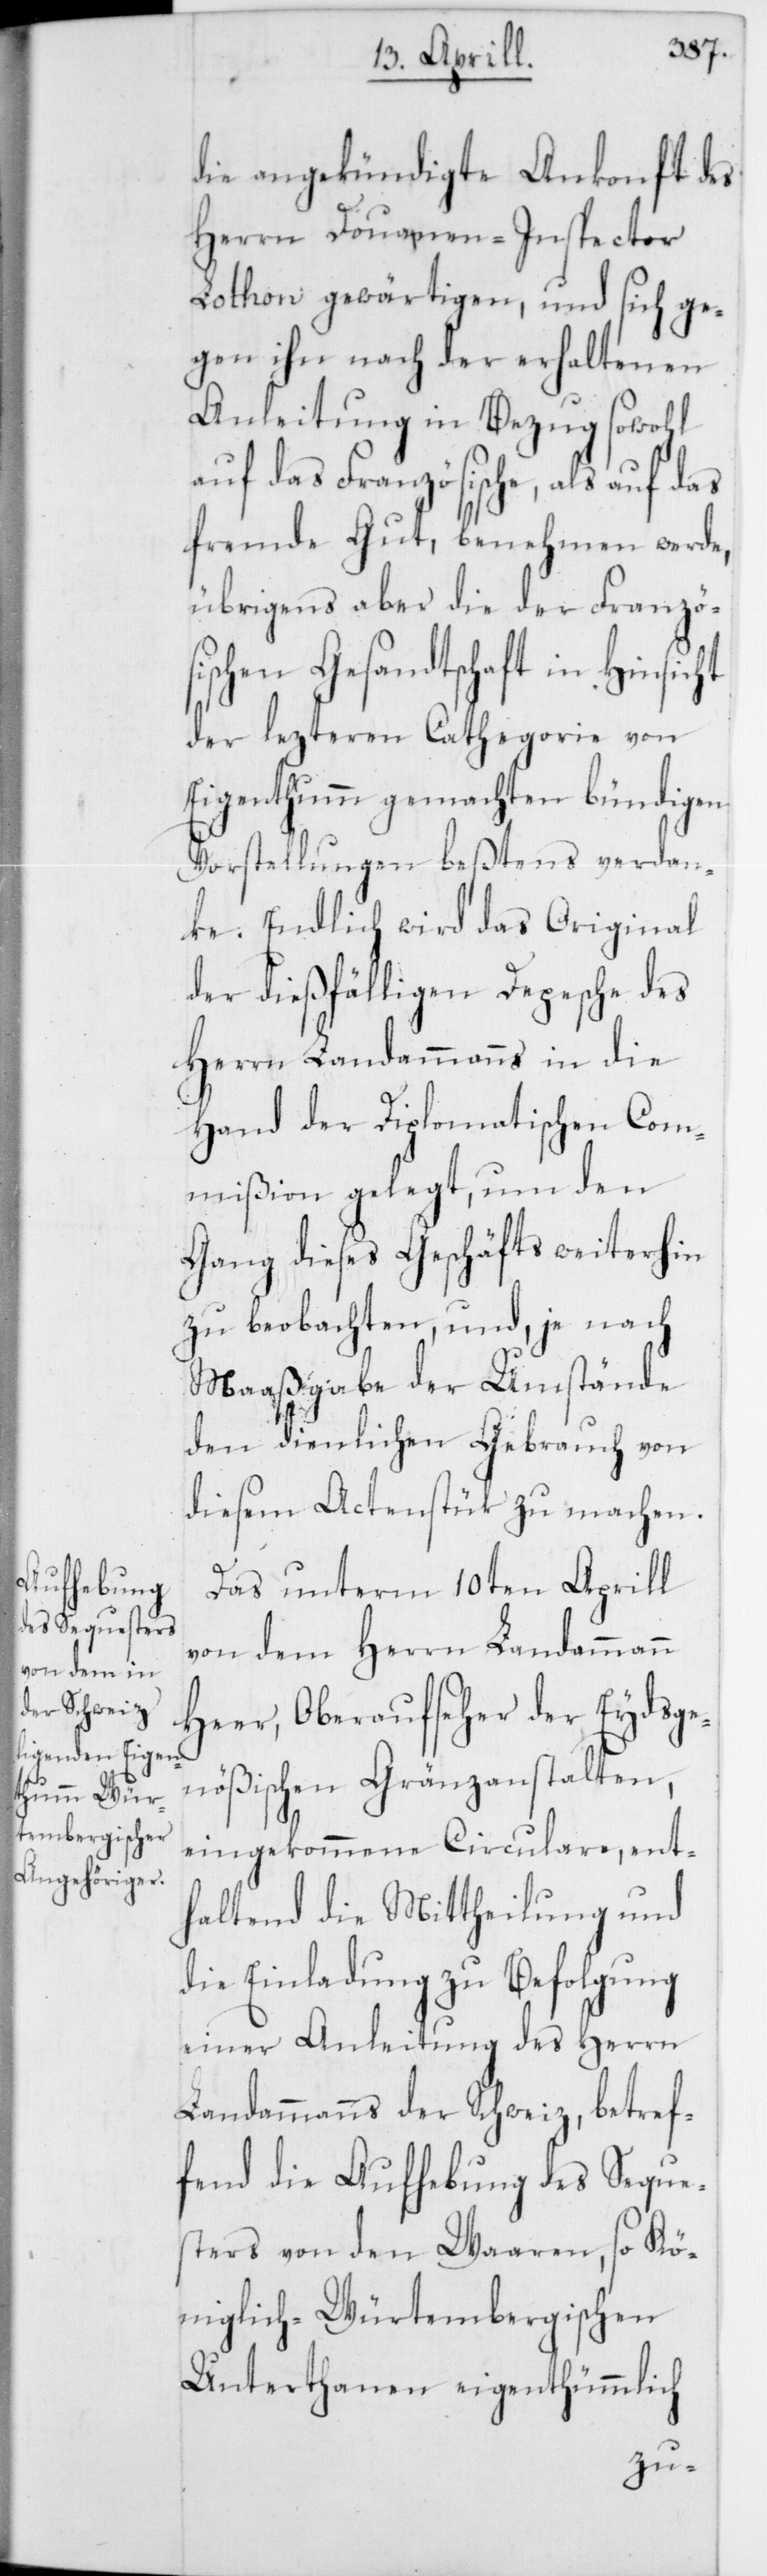
die angekündigte Ankonft des
Herrn Douanen-Inspector
Lothon gewärtigen, und sich ge¬
gen ihn nach der erhaltenen
Anleitung in Bezug sowohl
auf das Französische, als auf das
fremde Gut, benehmen werde,
übrigens aber die der Französ¬
ischen Gesandtschaft in Hinsicht
der lezteren Cathegorie von
Eigenthumm gemachten bündigen
Vorstellungen beßtens verdan¬
ke. Endlich wird das Original
der dießfälligen Depesche des
Herrn Landammanns in die
Hand der Diplomatischen Com¬
mißion gelegt, um den
Gang dieses Geschäfts weiterhin
zu beobachten, und, je nach
Maaßgabe der Umstände
den dienlichen Gebrauch von
diesem Actenstück zu machen.
Das unterm 10ten Aprill
von dem Herrn Landammann
Heer, Oberaufseher der Eydsge¬
nößischen Gränzanstalten,
eingekommene Circulare, ent¬
haltend die Mittheilung und
die Einladung zu Befolgung
einer Anleitung des Herrn
Landammanns der Schweiz, betref¬
fend die Aufhebung des Seques¬
ters von den Waaren, so Kö¬
niglich-Würtembergischen
Unterthanen eigenthümlich